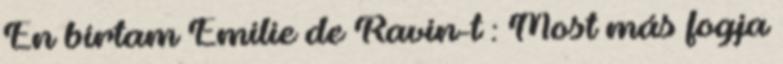
Én bírtam Emilie de Ravin-t : Most más fogja